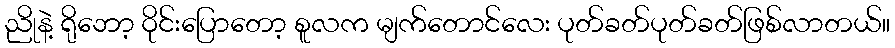
ညိုနဲ့ ရိုဘော့ ဝိုင်းပြောတော့ စူလက မျက်တောင်လေး ပုတ်ခတ်ပုတ်ခတ်ဖြစ်လာတယ်။